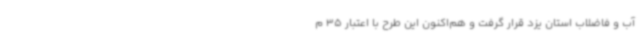
آب و فاضلاب استان یزد قرار گرفت و هم‌اکنون این طرح با اعتبار 35 م